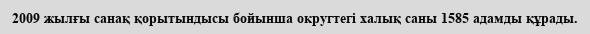
2009 жылғы санақ қорытындысы бойынша округтегі халық саны 1585 адамды құрады.